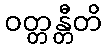
ဝတ္တန္တီတိ